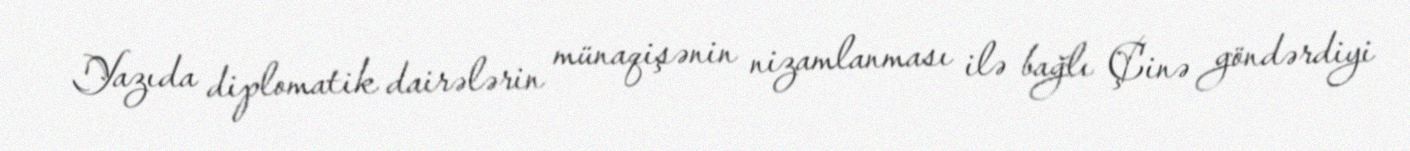
Yazıda diplomatik dairələrin münaqişənin nizamlanması ilə bağlı Çinə göndərdiyi